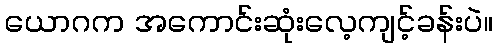
ယောဂက အကောင်းဆုံးလေ့ကျင့်ခန်းပဲ။